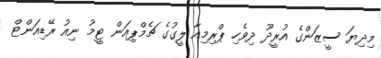
މިދިޔަ ސީޒަންގެ އުރީދޫ ދިވެހި ޕްރިމިއާ ލީގުގެ ޗެމްޕިއަން ޓީމު ނިއު ރޭޑިއަންޓް